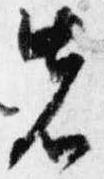
先